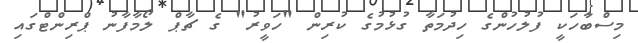
މިސްބާހަކީ ފުލުހުންގެ ހިދުމަތާ ގުޅުމުގެ ކުރިން "ހަވީރު" ގެ ޗާޕް ލޯމާފާނު ޕްރިންޓްގައި